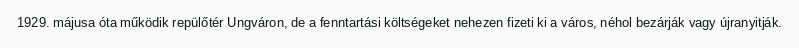
1929. májusa óta működik repülőtér Ungváron, de a fenntartási költségeket nehezen fizeti ki a város, néhol bezárják vagy újranyitják.